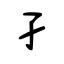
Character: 孑